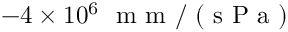
- 4 \times 1 0 ^ { 6 } ~ \mathrm { ~ m ~ m ~ } / \mathrm { ~ ( ~ s ~ P ~ a ~ ) ~ }